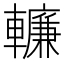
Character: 𨎷